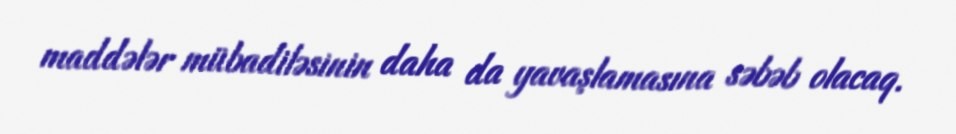
maddələr mübadiləsinin daha da yavaşlamasına səbəb olacaq.